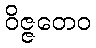
ဝိဇ္ဇတေဝ